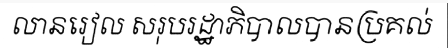
លានរៀល សរុបរដ្ឋាភិបាលបានប្រគល់